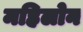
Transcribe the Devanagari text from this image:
महिलोन